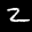
Label: 2